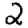
Digit: 2